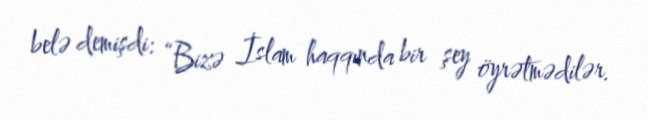
belə demişdi: “Bizə İslam haqqında bir şey öyrətmədilər.